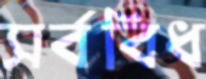
সর্ববিধ